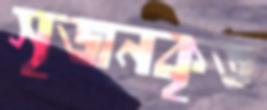
সৃজনকৃত